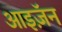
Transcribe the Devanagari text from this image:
आइज़ॅन